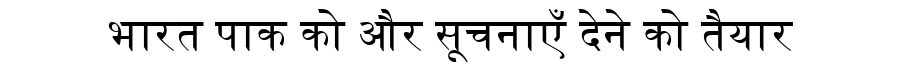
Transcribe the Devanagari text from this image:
भारत पाक को और सूचनाएँ देने को तैयार